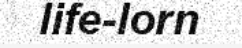
life-lorn